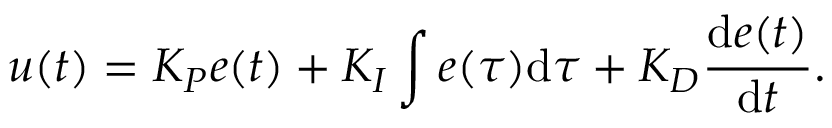
u ( t ) = K _ { P } e ( t ) + K _ { I } \int e ( \tau ) { \mathrm { d } } \tau + K _ { D } { \frac { { \mathrm { d } } e ( t ) } { { \mathrm { d } } t } } .